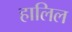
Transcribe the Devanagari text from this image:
हालिल